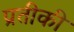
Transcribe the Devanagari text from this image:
प्रतीकी